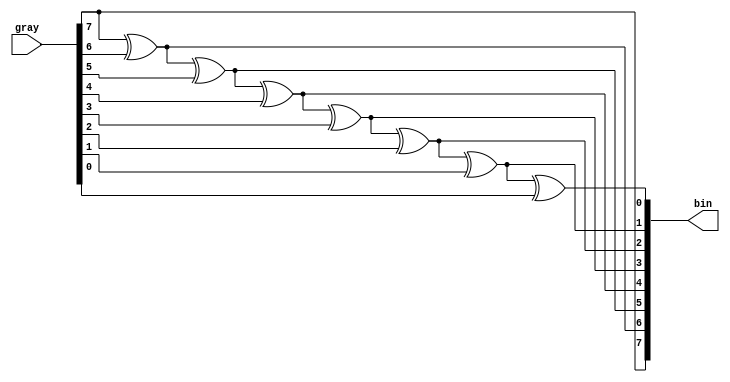
// Copyright 2011 Altera Corporation. All rights reserved.  
// Altera products are protected under numerous U.S. and foreign patents, 
// maskwork rights, copyrights and other intellectual property laws.  
//
// This reference design file, and your use thereof, is subject to and governed
// by the terms and conditions of the applicable Altera Reference Design 
// License Agreement (either as signed by you or found at www.altera.com).  By
// using this reference design file, you indicate your acceptance of such terms
// and conditions between you and Altera Corporation.  In the event that you do
// not agree with such terms and conditions, you may not use the reference 
// design file and please promptly destroy any copies you have made.
//
// This reference design file is being provided on an "as-is" basis and as an 
// accommodation and therefore all warranties, representations or guarantees of 
// any kind (whether express, implied or statutory) including, without 
// limitation, warranties of merchantability, non-infringement, or fitness for
// a particular purpose, are specifically disclaimed.  By making this reference
// design file available, Altera expressly does not recommend, suggest or 
// require that this reference design file be used in combination with any 
// other product not provided by Altera.
/////////////////////////////////////////////////////////////////////////////

`timescale 1 ps / 1 ps

// output bits are an XOR function of more significant bits, the
// area required may increase somewhat irregularly with WIDTH
// as the synthesis tool selects different area / depth tradeoffs

module gray_to_bin (gray,bin);

parameter WIDTH = 8;

input [WIDTH-1:0] gray;
output [WIDTH-1:0] bin;
wire [WIDTH-1:0] bin;

assign bin[WIDTH-1] = gray[WIDTH-1];
genvar i;
generate
for (i=WIDTH-2; i>=0; i=i-1)
  begin: gry_to_bin
    assign bin[i] = bin[i+1] ^ gray[i];
  end
endgenerate

endmodule